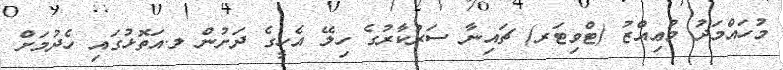
މުހައްމަދު މުޢިއްޒު (ޓްވިޓަރ) ޗައިނާ ސަރުކާރުގެ ހިލޭ އެހީގެ ދަށުން ލ.އަތޮޅުގައި ހެދުމަށް